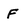
Character: F